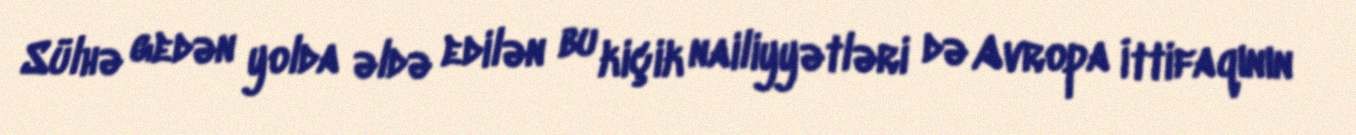
Sülhə gedən yolda əldə edilən bu kiçik nailiyyətləri də Avropa İttifaqının